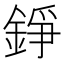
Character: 錚